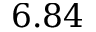
6 . 8 4